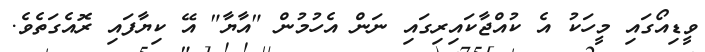
ވީޑިއޯގައި މީހަކު އެ ކުއްޖާކައިރިގައި ނަން އެހުމުން "އާޔާ" އޭ ކިޔާފައި ރޮއެގަތެވެ.